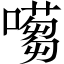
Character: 𡁿